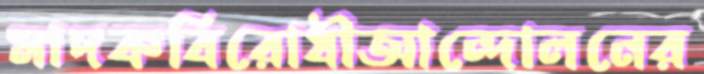
মাদকবিরোধীআন্দোলনের